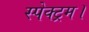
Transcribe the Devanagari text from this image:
स्पेक्ट्रम।